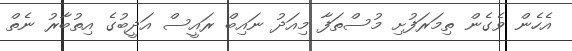
އެހެން ވެގެން ތިމަރަފުށި މުސްތަފާ މިއަދު ނައިބް ރައީސް އަދީބުގެ އިތުބާރު ނެތް